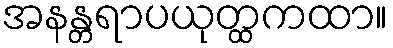
အနန္တရာပယုတ္ထကထာ။